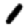
Digit: 1